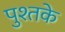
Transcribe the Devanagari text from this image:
पुश्तके